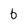
Character: b